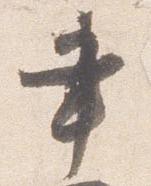
書